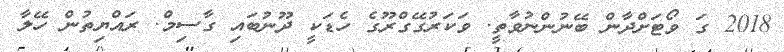
2018 ގަ ވޯޓަށްދާން ބޭނުންނުވާތީ. ވަކަރުގޭގްރޫގެ ހެޑަކީ ދޫނުބައި ގާސިމް. ރައްޔިތުން ހޭލާ